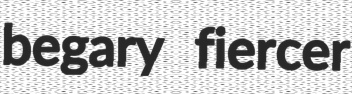
begary fiercer